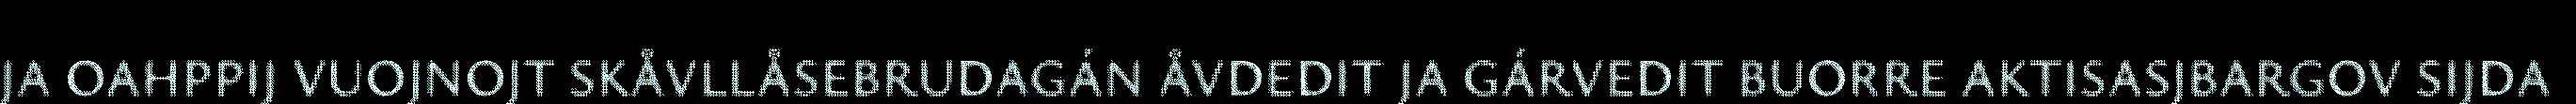
JA OAHPPIJ VUOJNOJT SKÅVLLÅSEBRUDAGÁN ÅVDEDIT JA GÁRVEDIT BUORRE AKTISASJBARGOV SIJDA